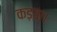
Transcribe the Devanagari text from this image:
कड़वा।